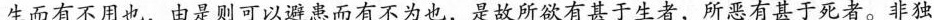
生而有不用也，由是则可以避患而有不为也，是故所欲有甚于生者，所恶有甚于死者。非独